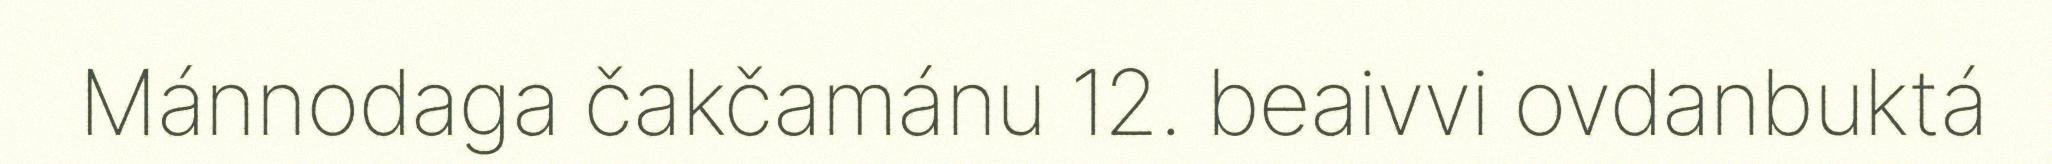
Mánnodaga čakčamánu 12. beaivvi ovdanbuktá